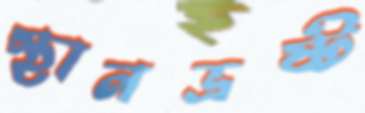
স্থানভ্রষ্ট